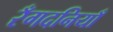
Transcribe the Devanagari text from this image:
रँगदनियाँ